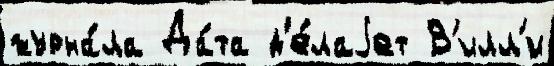
журна́ла Да́та д'е́лаjет В'илл'и